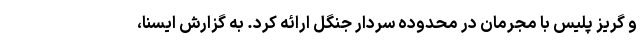
و گریز پلیس با مجرمان در محدوده سردار جنگل ارائه کرد. به گزارش ایسنا،